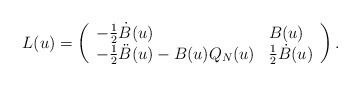
\begin{align*}L(u)=\left(\begin{array}{ll}-\frac12 \dot{B}(u)&B(u) \\-\frac12 \ddot{B}(u)-B(u)Q_N(u)&\frac12 \dot{B}(u)\end{array}\right).\end{align*}